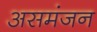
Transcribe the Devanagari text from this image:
असमंजन